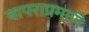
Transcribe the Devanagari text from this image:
वापराप्रमाणे